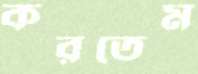
করতেম